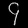
Digit: ၄